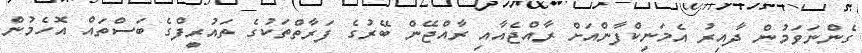
ގެންނަވަމުން ދާއިރު އެމަނިކްފާންއަށް ރާއްޖެއާއި ރާއްޖޭން ބޭރުގެ ފަރާތްތަކުގެ ތައުރީފްގެ ބަސްތައް އޮހެމުން